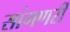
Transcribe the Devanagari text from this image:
सांगणरी